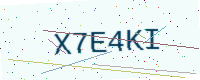
Text: X7E4KI